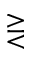
\gtreqless